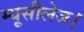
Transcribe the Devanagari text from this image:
म्यूसीलेज।